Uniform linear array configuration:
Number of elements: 16
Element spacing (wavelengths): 1
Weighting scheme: binomial
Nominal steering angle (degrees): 0
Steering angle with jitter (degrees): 0.0606
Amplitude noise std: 0.05
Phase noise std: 0.05

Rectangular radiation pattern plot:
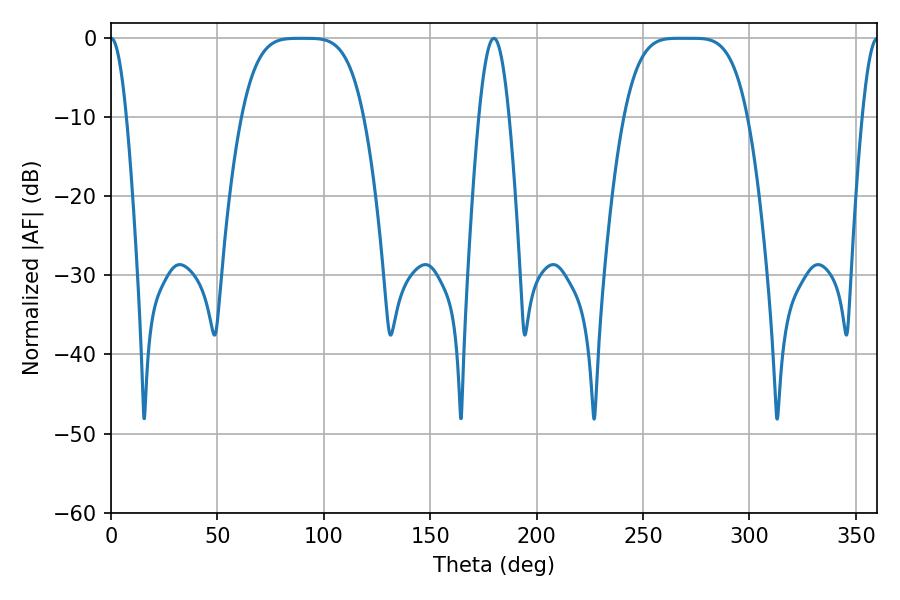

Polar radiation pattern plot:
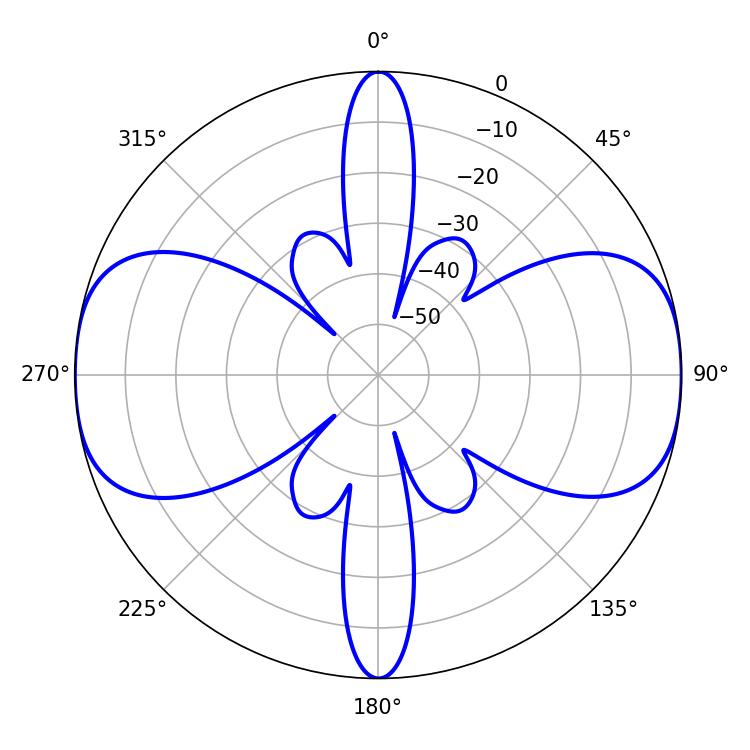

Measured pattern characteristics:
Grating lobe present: TRUE
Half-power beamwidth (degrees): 42.84
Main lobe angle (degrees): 266.76